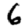
Digit: 6